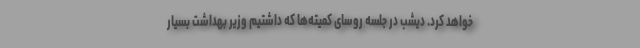
خواهد کرد. دیشب در جلسه روسای کمیته‌ها که داشتیم وزیر بهداشت بسیار